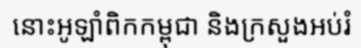
នោះអូឡាំពិកកម្ពុជា និងក្រសួងអប់រំ